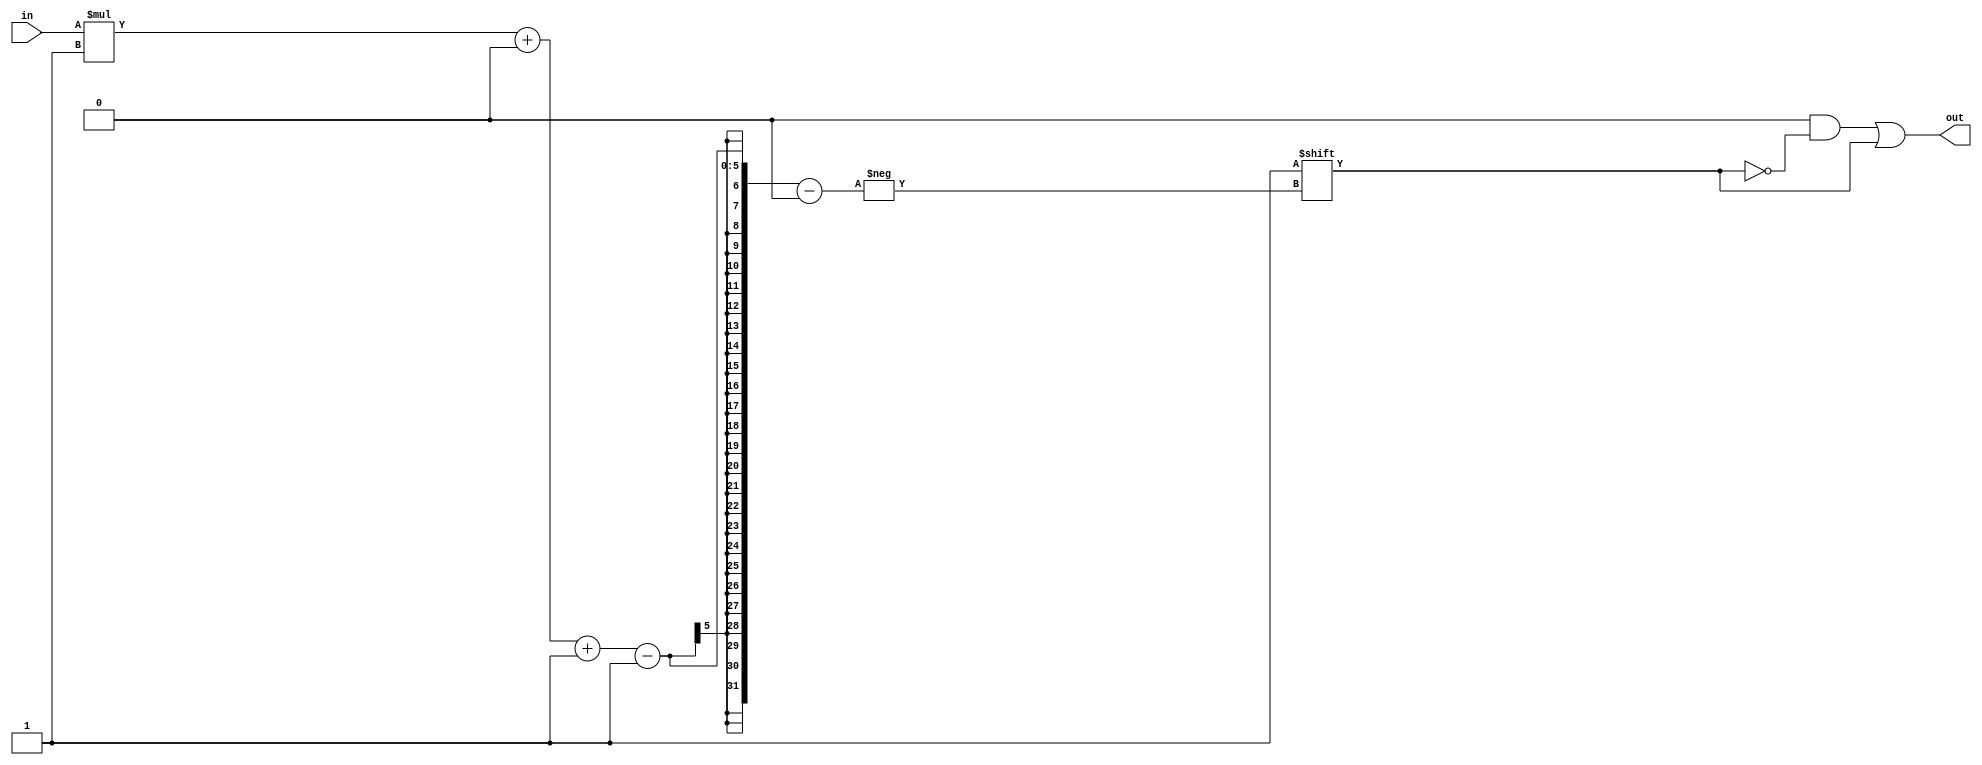
module decoder_19 (
    input [1:0] in,
    output reg [3:0] out
  );
  
  localparam WIDTH = 2'h2;
  
  
  always @* begin
    out = 1'h0;
    out[(in)*1+0-:1] = 1'h1;
  end
endmodule